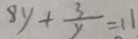
8 y + \frac { 3 } { y } = 1 1